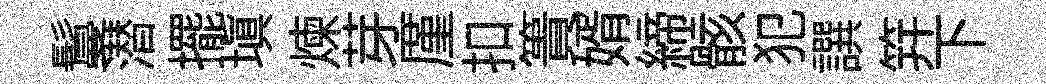
鬘潜擺塡煉芽厪扣簣婿締骸犯譔笄下